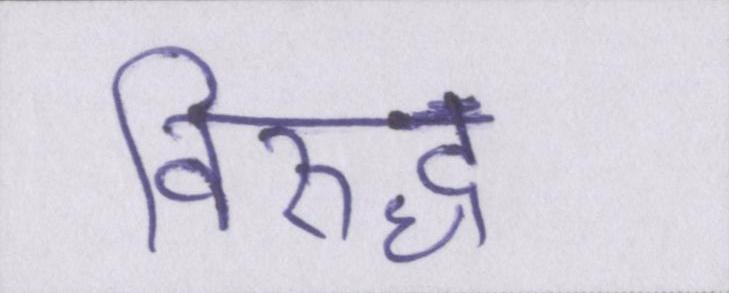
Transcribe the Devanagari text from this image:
विरुद्ध